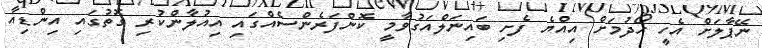
ނޭޕާލަށް އެހީ ހޯދުމަށް އިއްޔެ ފެށި ބައިނަލްއަގުވާމީ ކޮންފަރެންސެއްގައި އިއުލާންކުރި ގޮތުގައި އިންޑިއާ